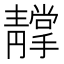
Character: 𩇢